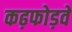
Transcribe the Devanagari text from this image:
कढ़फोड़वे